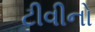
ટીવીનો